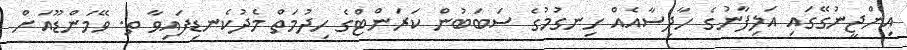
އިންޖީނުގޭގައި އަލިފާނުގެ ހާދިސާއެއް ހިނގުމުގެ ސަބަބުން ކަރަންޓްގެ ހިދުމަތް މެދުކެނޑިފައިވާ ތ. ވޭމަންޑޫއަށް